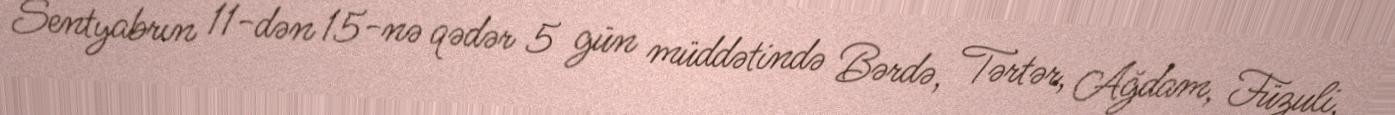
Sentyabrın 11-dən 15-nə qədər 5 gün müddətində Bərdə, Tərtər, Ağdam, Füzuli,